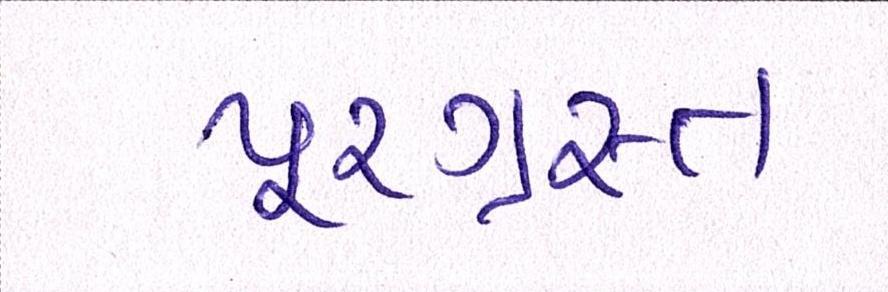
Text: પૂરગ્રસ્ત